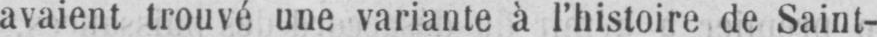
avaient trouvé une variante à l’histoire de Saint-